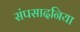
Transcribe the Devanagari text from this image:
संपसादनिया